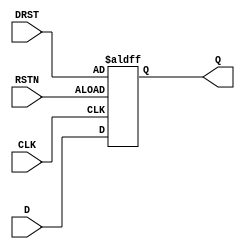
module DFFR (
	CLK,
	RSTN,
	DRST,
	D,
	Q
);
	parameter Width = 8;
	input wire CLK;
	input wire RSTN;
	input wire [Width - 1:0] DRST;
	input wire [Width - 1:0] D;
	output reg [Width - 1:0] Q;
	always @(posedge CLK or negedge RSTN) begin : dff
		if (~RSTN)
			Q <= DRST;
		else
			Q <= D;
	end
endmodule